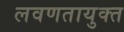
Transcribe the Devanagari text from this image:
लवणतायुक्त